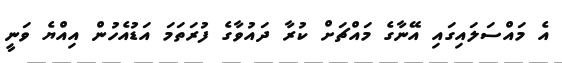
އެ މައްސަލައިގައި އޭނާގެ މައްޗަށް ކުރާ ދައުވާގެ ފުރަތަމަ އަޑުއެހުން އިއްޔެ ވަނީ